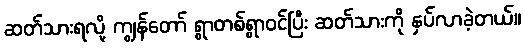
ဆတ်သားရလို့ ကျွန်တော် ရွာတစ်ရွာဝင်ပြီး ဆတ်သားကို နှပ်လာခဲ့တယ်။